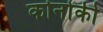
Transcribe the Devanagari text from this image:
कोनोकी